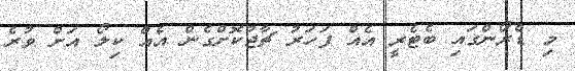
މި ޑްރޯންގައި ބެޓެރީ އެއް ފަހަރު ޗާޖުކޮށްގެން އެއް ކިލޯ އަށް ވުރެ